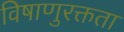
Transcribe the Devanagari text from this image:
विषाणुरक्तता